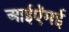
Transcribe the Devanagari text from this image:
आईऍमई